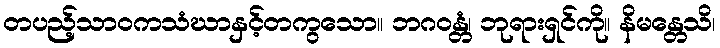
တပည့်သာဝကသံဃာနှင့်တကွသော။ ဘဂဝန္တံ၊ ဘုရားရှင်ကို။ နိမန္တေသိ၊